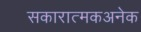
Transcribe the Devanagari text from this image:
सकारात्मकअनेक